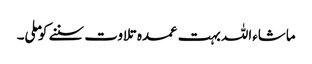
ماشاءاللہ بہت عمدہ تلاوت سننے کو ملی۔